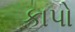
કાપો